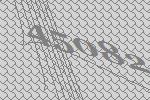
45082